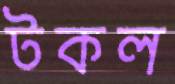
টকল